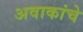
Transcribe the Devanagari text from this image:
अवाकांचे